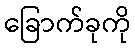
ခြောက်ခုကို